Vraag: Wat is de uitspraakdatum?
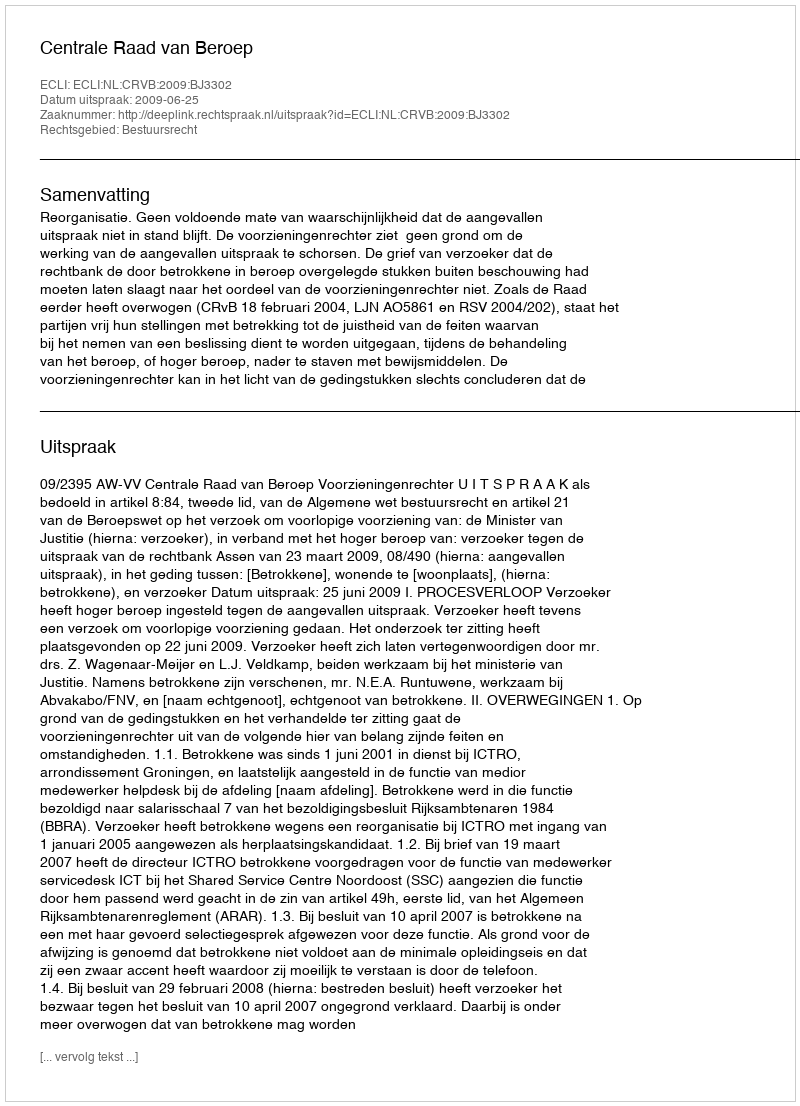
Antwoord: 2009-06-25